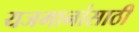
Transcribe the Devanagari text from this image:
यजमानांसाठी